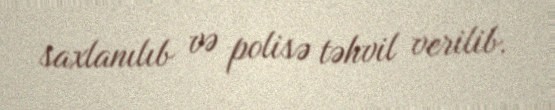
saxlanılıb və polisə təhvil verilib.